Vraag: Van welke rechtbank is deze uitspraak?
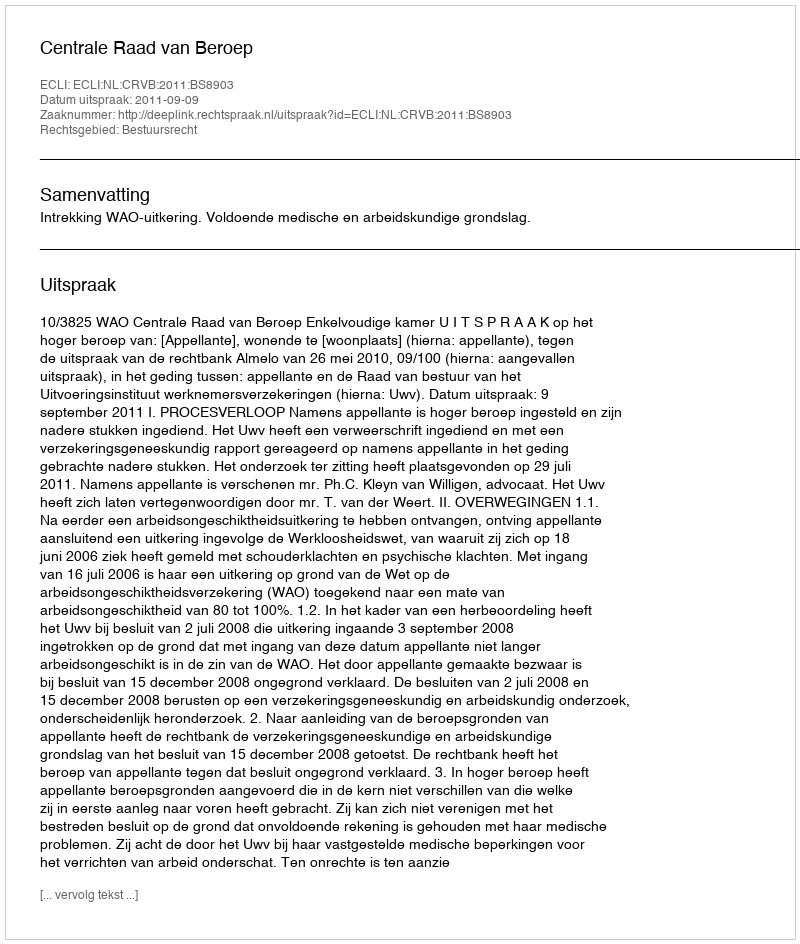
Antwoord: Centrale Raad van Beroep